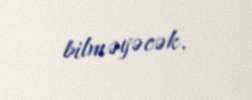
bilməyəcək.